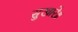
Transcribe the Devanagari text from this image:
सुखारे॥